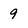
Character: 9